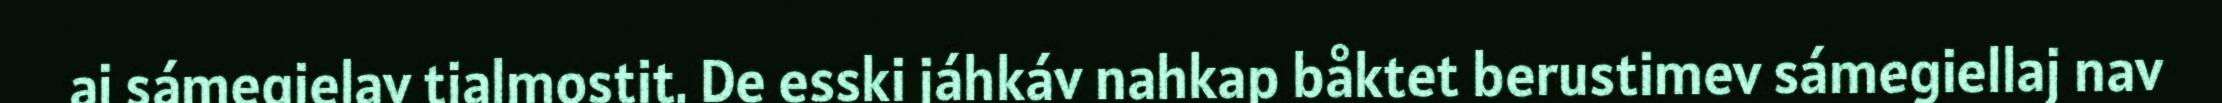
aj sámegielav tjalmostit. De esski jáhkáv nahkap båktet berustimev sámegiellaj nav